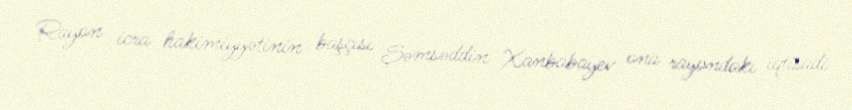
Rayon icra hakimiyyətinin başçısı Şəmsəddin Xanbabayev ona rayondakı iqtisadi